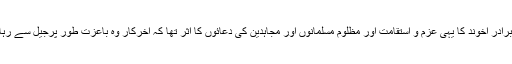
دراصل ملا برادر اخوند کا یہی عزم و استقامت اور مظلوم مسلمانوں اور مجاہدین کی دعائوں کا اثر تھا کہ آخرکار وہ باعزت طور پرجیل سے رہا ہوگئے ہیں۔